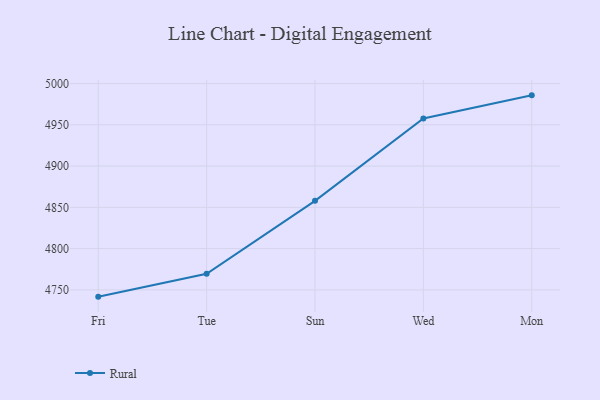
{"axis": {"x": "Day", "y": "Bounce Rate (%)"}, "legend": ["Rural"], "data": [{"x": "Fri", "y": 4741.8, "type": "Rural"}, {"x": "Tue", "y": 4769.5, "type": "Rural"}, {"x": "Sun", "y": 4857.9, "type": "Rural"}, {"x": "Wed", "y": 4957.6, "type": "Rural"}, {"x": "Mon", "y": 4985.7, "type": "Rural"}]}